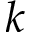
k